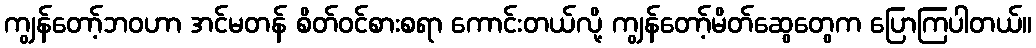
ကျွန်တော့်ဘဝဟာ အင်မတန် စိတ်ဝင်စားစရာ ကောင်းတယ်လို့ ကျွန်တော့်မိတ်ဆွေတွေက ပြောကြပါတယ်။